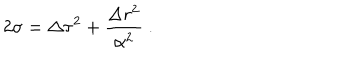
2 \sigma = \Delta \tau ^ { 2 } + \frac { \Delta r ^ { 2 } } { \alpha ^ { 2 } } \ .